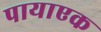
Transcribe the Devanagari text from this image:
पायाएक